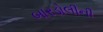
બારડોલીની